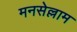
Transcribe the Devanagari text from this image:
मनसेल्लाम